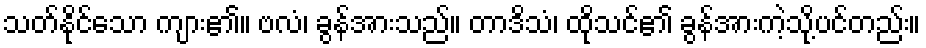
သတ်နိုင်သော ကျား၏။ ဗလံ၊ ခွန်အားသည်။ တာဒိသံ၊ ထိုသင်၏ ခွန်အားကဲ့သို့ပင်တည်း။